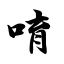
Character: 唷